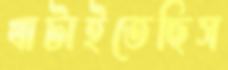
খাটাইতেছিস